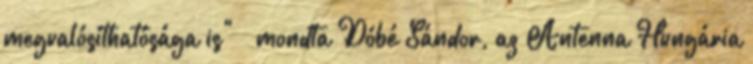
megvalósíthatósága is" – mondta Dóbé Sándor, az Antenna Hungária